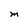
Character: M